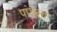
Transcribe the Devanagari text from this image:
पांडेला